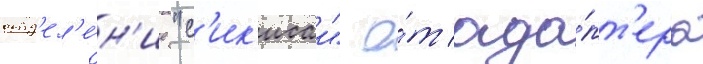
отд'ел'е́н'ие "с'ик'исаи" о́т ада́пт'ера